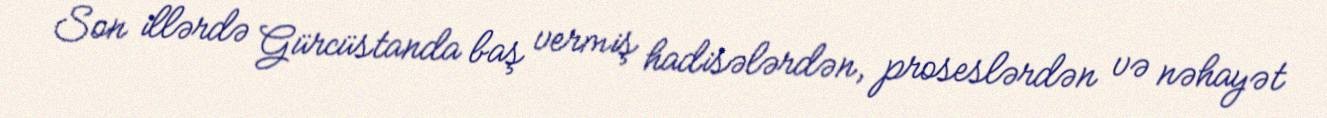
Son illərdə Gürcüstanda baş vermiş hadisələrdən, proseslərdən və nəhayət